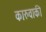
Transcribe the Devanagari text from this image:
कारुवाकी